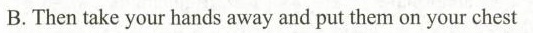
B.Then take your hands away and put them on your chest